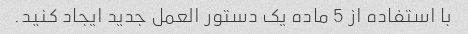
با استفاده از 5 ماده یک دستور العمل جدید ایجاد کنید.